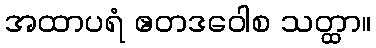
အထာပရံ ဧတဒဝေါစ သတ္ထာ။